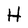
Character: H